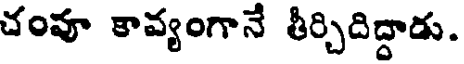
చంవూ కావ్యంగానే తీర్చిదిద్దాడు.